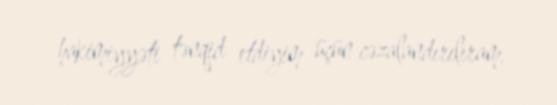
hakimiyyəti tənqid etdiyim üçün cəzalandırılıram.